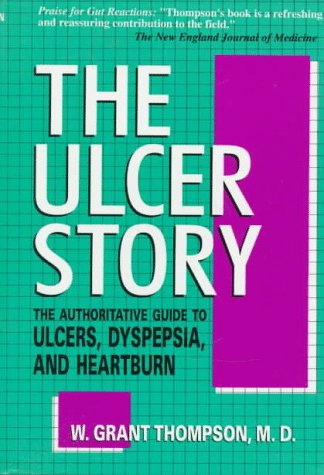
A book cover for The Ulcer Story; W. Grant Thompson; Health, Fitness & Dieting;